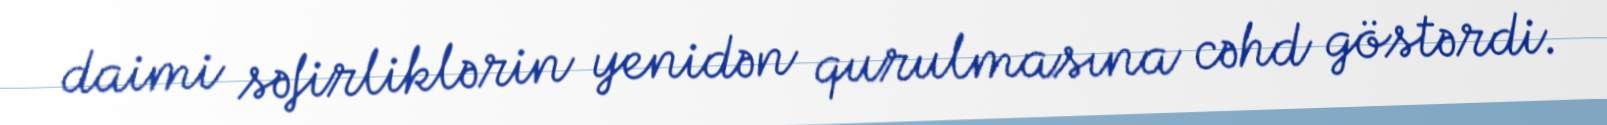
daimi səfirliklərin yenidən qurulmasına cəhd göstərdi.